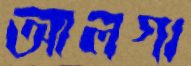
আলগা